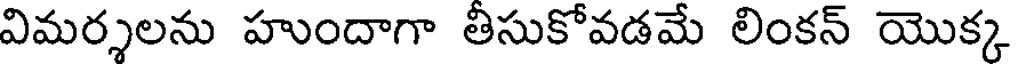
విమర్శలను హుందాగా తిసుకోవడమే లింకన్ యొక్క